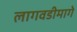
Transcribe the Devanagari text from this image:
लागवडीमागे